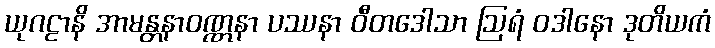
ယုဂဠာနိ အာမန္တနာဝဏ္ဏနာ ပဿနာ ဝီတဒေါသာ ဩရံ ဝဒါနော ဒုတိယကံ